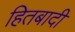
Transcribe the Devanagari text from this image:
हितबादी